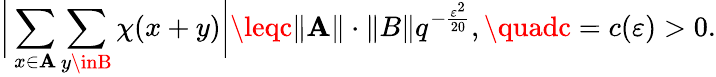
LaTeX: {\biggl|}\sum_{x\in\mathbf{A}}\sum_{y\inB}\chi(x+y){\biggr|}\leqc\| \mathbf{A}\| \cdot\| B\| q^{-{\frac{{\varepsilon^{2}}}{{20}}}},\quadc=c(\varepsilon)>0.